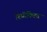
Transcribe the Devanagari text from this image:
रिफ्रॅक्टिव